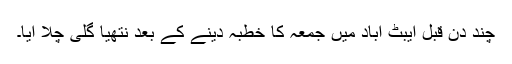
چند دن قبل ایبٹ آباد میں جمعہ کا خطبہ دینے کے بعد نتھیا گلی چلا آیا۔